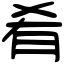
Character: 肴